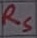
Text: RS